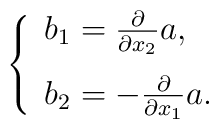
\left\{\begin{array}{l} b_{1}=\frac{\partial}{\partial x_{2}}a, \\[.12in]b_{2}=-\frac{\partial}{\partial x_{1}}a.\end{array}\right.